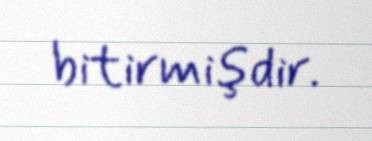
bitirmişdir.